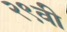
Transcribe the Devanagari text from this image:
२९वी